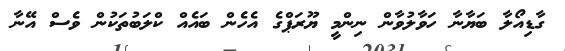
ގާޑިއޯލާ ބަޔާނާ ހަވާލުވާން ނިންމީ ޔޫރަޕްގެ އެހެން ބައެއް ކްލަބުތަކުން ވެސް އޭނާ